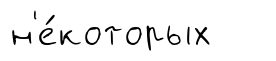
н'е́которых